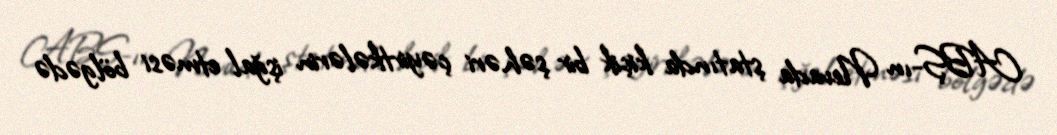
ABŞ-ın Nevada ştatında kiçik bir şəhəri çəyirtkələrin işğal etməsi bölgədə